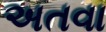
અતવા